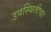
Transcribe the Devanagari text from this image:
उपस्थितीचा